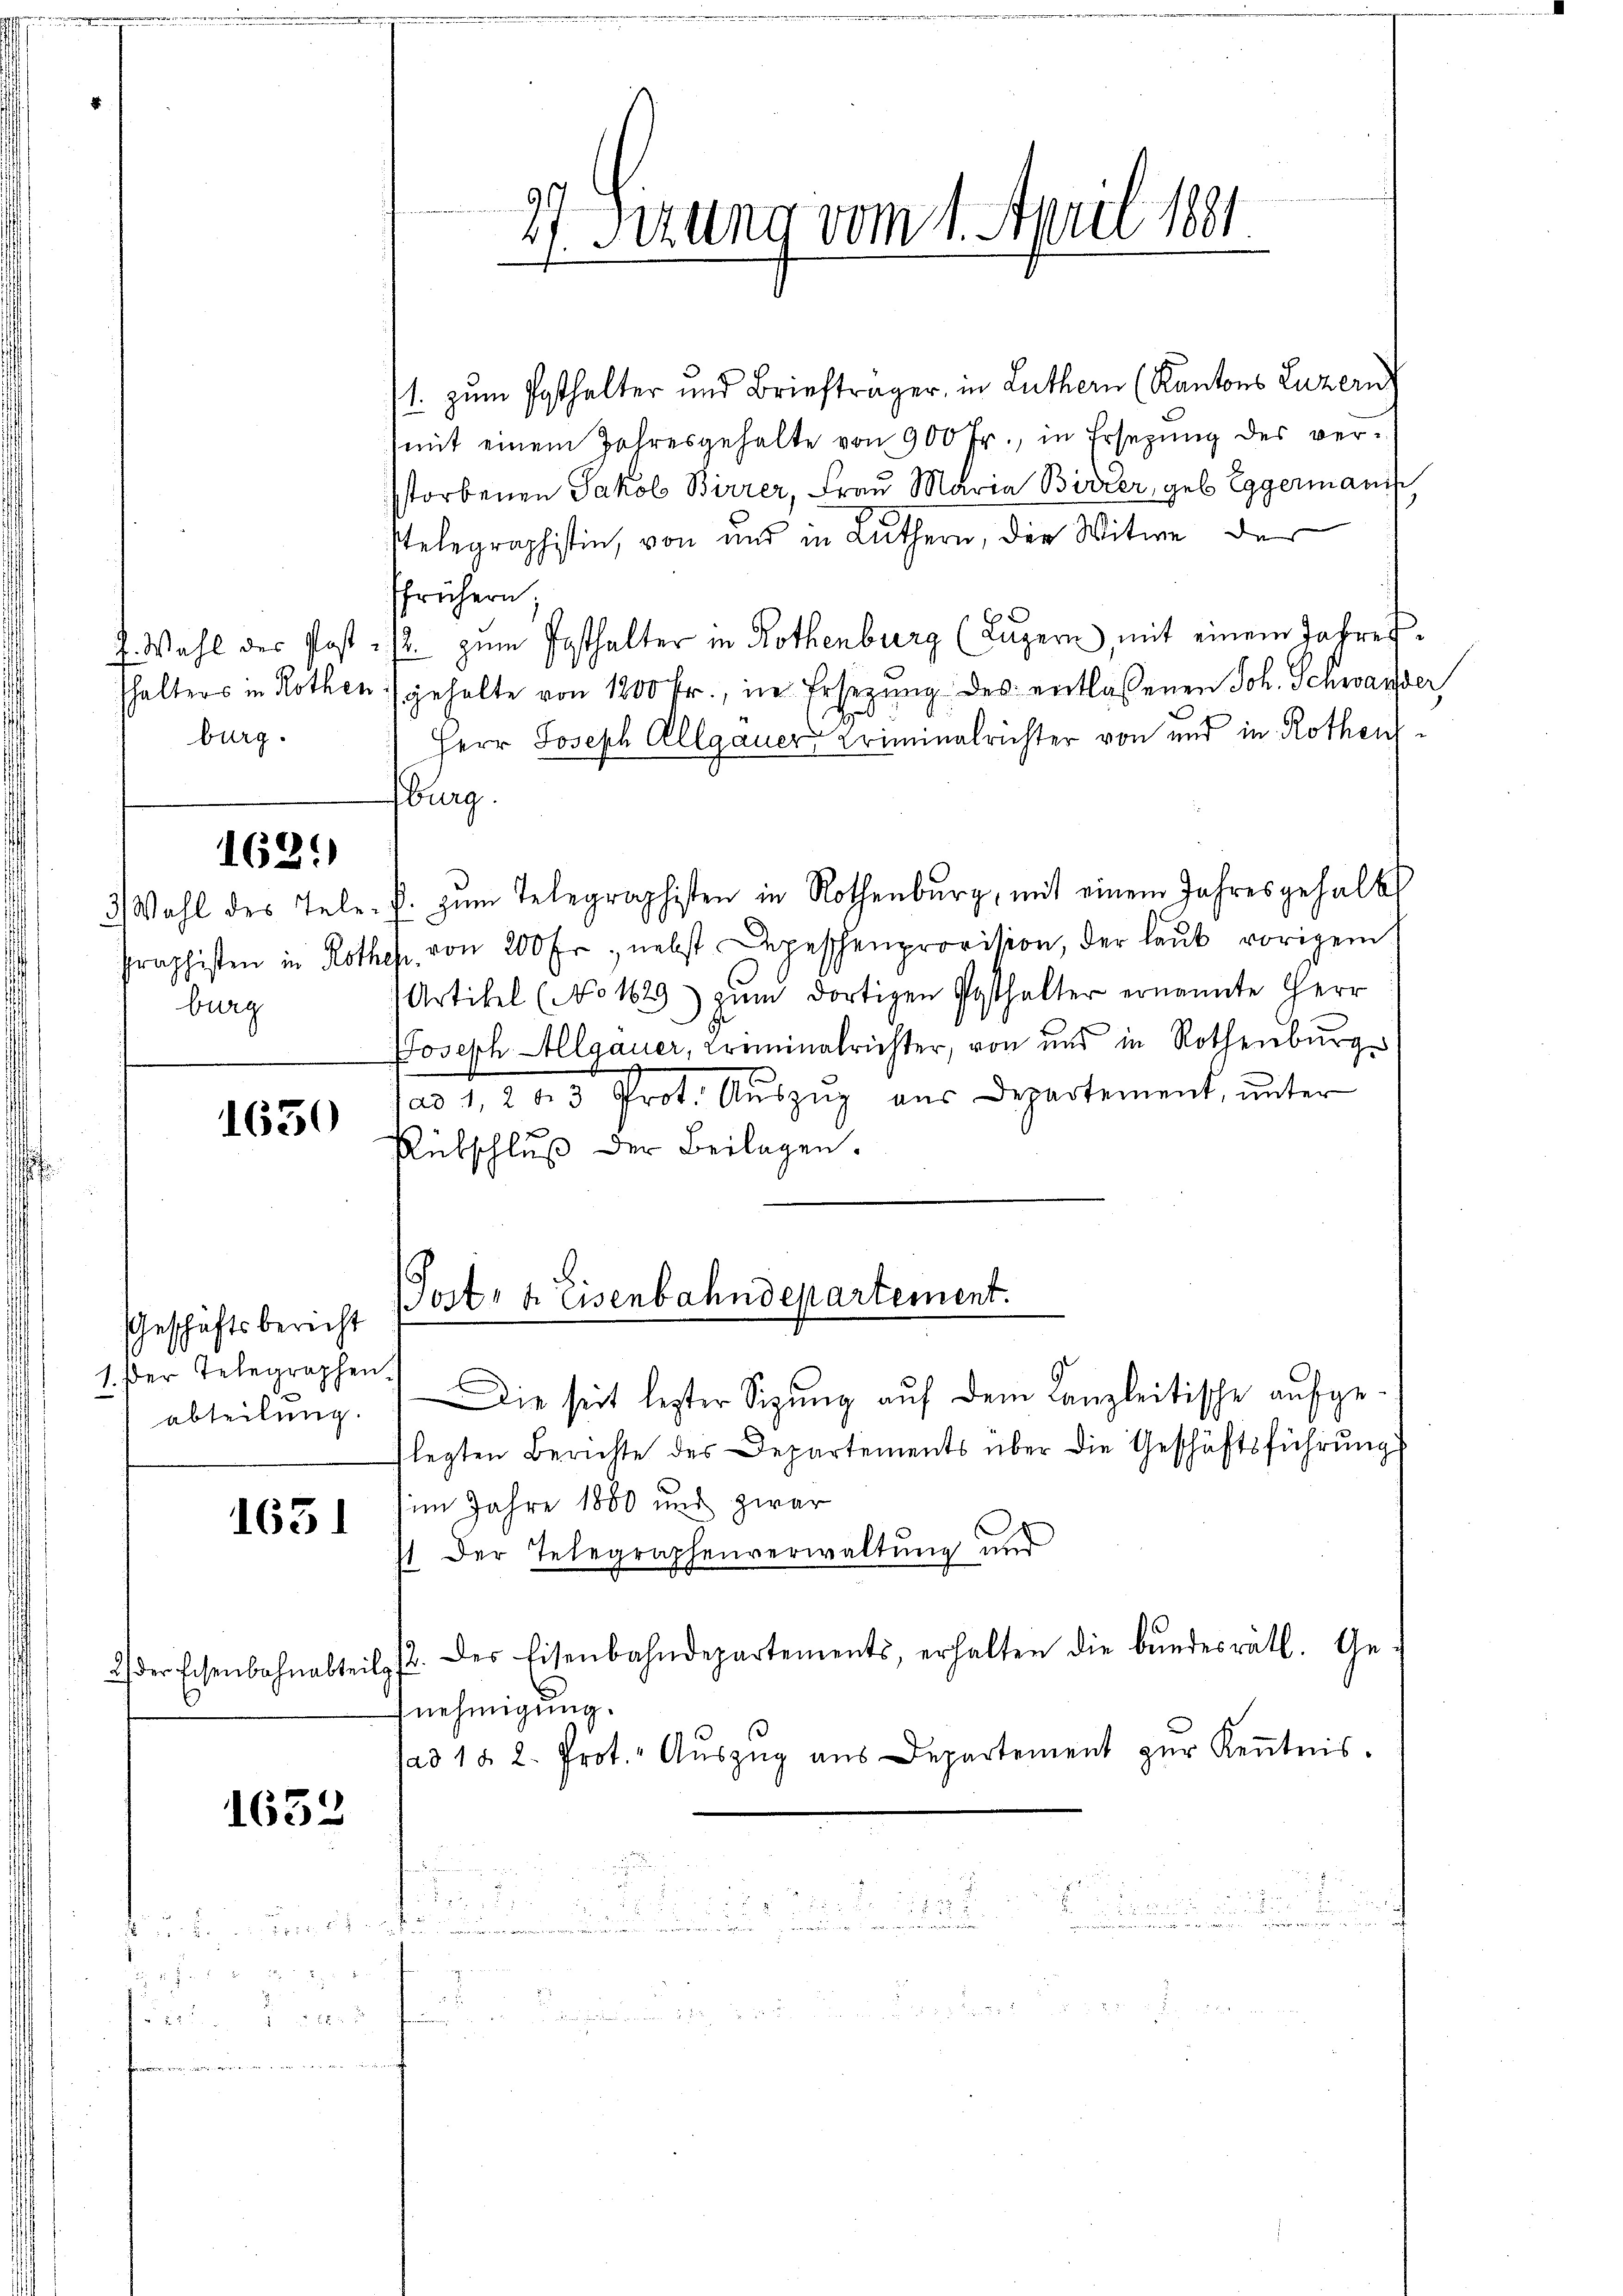
J. Wahl des Post
shalters in Rother
burg.

162.

3) Wahl des Tele
Graphisten in Rot
burg

1650

Geschäftsbericht
1. Der Telegraphen
abteilung

1651

2.) Der Eisenbahnabtei

1632

17. Sizung vom 1. April 1881.

1. zum Posthalter und Briefträger, in Luthern (Kantons Luzern
mit einem Jahresgehalte von 900 Fr., in Ersetzung des verstorbenen Jakob Birrer, Frau Maria Birrer, geb. Eggermanis
stelegraphistin, von und in Luthern, der Witwe der
ffrühern,
12. zum Posthalter in Rothenburg (Luzern, mit einem Jahresgehalte von 1200 fr., in Ersezung des entlassenen Joh. Schwander,
Herr Joseph Allgauer Kriminalrichter von und in Rothenburg.
k. zum Telegraphisten in Rothenburg, mit einem Jahresgehalt
c. von 200 fr, nebst Depeschenprovision, der laut vorigem
Artikel (No 1629 zum dortigen Posthalter ernannte Herr
Joseph Allgauer, Kreminalrichter, von und in Rothenburg
(ad 1, 2 u 3 Prot. Aŭszŭg aŭs Departement, ŭnter
Rübschluß der Beilagen.
d
Post- u. Eisenbahndepartement.
Die seit lezter Sitzung auf dem Kanzleitische aufgelegten Berichte des Departements über die Geschäftsführŭng
im Jahre 1880 und zwar
st der Telegraphenverwaltung und
G. des Eisenbahndepartements erhalten die bŭndesrätl. Ge
nehmigung.
(ad 1 § 2. Prot. Aŭszŭg aŭs Departement zŭr Keṅtnis.

i
i
.
 serait